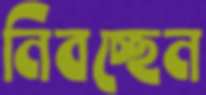
নিবচ্ছেন